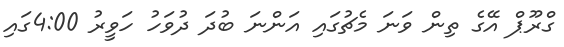
ގްރޫޕް އޭގެ ތިން ވަނަ މެޗުގައި އަންނަ ބުދަ ދުވަހު ހަވީރު 4:00ގައި